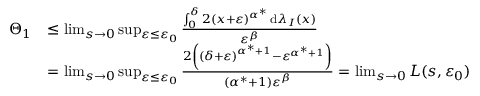
\begin{array} { r l } { \Theta _ { 1 } } & { \leq \operatorname* { l i m } _ { s \to 0 } \operatorname* { s u p } _ { { \varepsilon } \leq { \varepsilon } _ { 0 } } \frac { \int _ { 0 } ^ { \delta } 2 ( x + { \varepsilon } ) ^ { \alpha ^ { * } } \, \mathrm { d } \lambda _ { I } ( x ) } { { \varepsilon } ^ { \beta } } } \\ & { = \operatorname* { l i m } _ { s \to 0 } \operatorname* { s u p } _ { { \varepsilon } \leq { \varepsilon } _ { 0 } } \frac { 2 \left( \left( { \delta } + { \varepsilon } \right) ^ { \alpha ^ { * } + 1 } - { \varepsilon } ^ { \alpha ^ { * } + 1 } \right) } { ( \alpha ^ { * } + 1 ) { \varepsilon } ^ { \beta } } = \operatorname* { l i m } _ { s \to 0 } L ( s , { \varepsilon } _ { 0 } ) } \end{array}